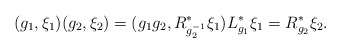
\begin{align*} ({g_1},\xi_1)({g_2},\xi_2) = (g_1g_2, R_{g_2^{-1}}^*\xi_1) L_{g_1}^*\xi_1=R_{g_2}^*\xi_2.\end{align*}